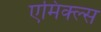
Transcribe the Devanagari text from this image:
एमिक्ल्स